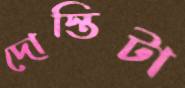
দোস্তিটা